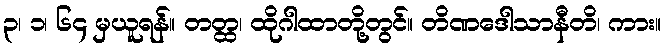
၃၊ ၁၊ ၆၄ မှယူရန်။ တတ္ထ၊ ထိုဂါထာတို့တွင်။ တိဏဒေါသာနီတိ၊ ကား။